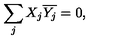
\sum _ { j } X _ { j } \overline { { Y _ { j } } } = 0 ,